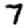
Digit: 7